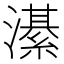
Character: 濝